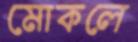
মোকলে